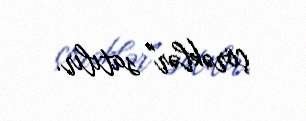
çörəklər" satılır.